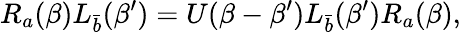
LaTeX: R_{a}(\beta)L_{\bar{b}}(\beta^{\prime})=U(\beta-\beta^{\prime})L_{\bar{b}}(\beta^{\prime})R_{a}(\beta),